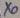
Text: X0